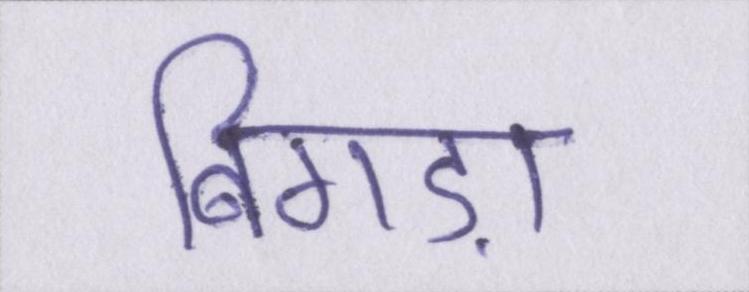
बिगड़ा